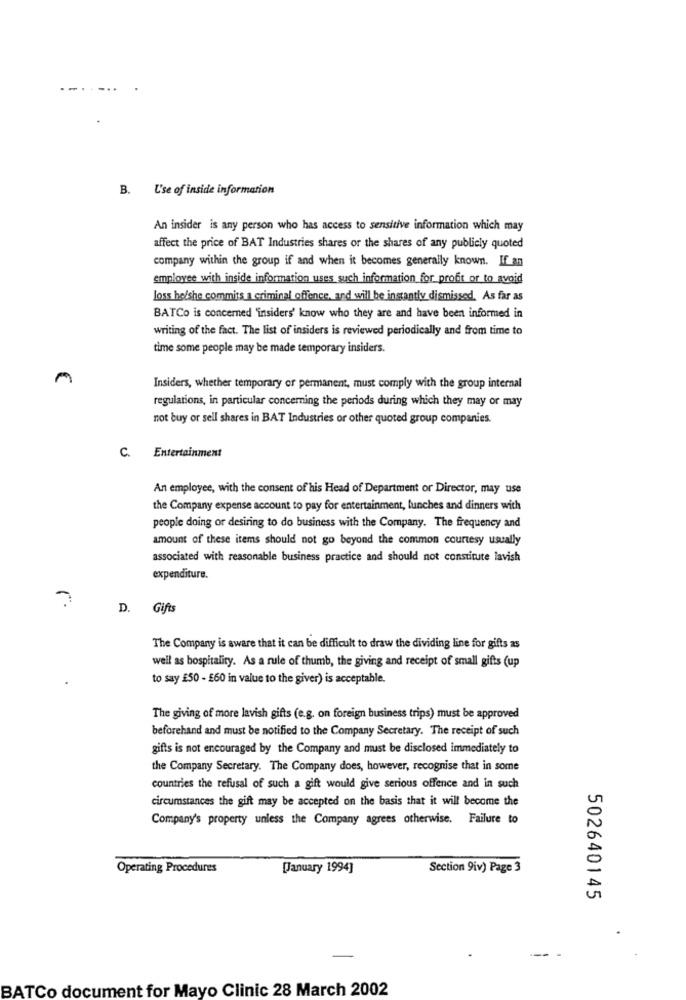
--.
B. L'se of inside information
An insider is any person who has access to sensitive information which may
affect the price of BAT Industries shares or the shares of any publicly quoted
company within the group if and when it becomes generally known. If an
employee with inside information uses such information for probt or to avoid
Loss he/she commits a criminal offence, and will be instantly dismissed. As far as
BATCo is concerned "insiders' know who they are and have been informed in
writing of the fact. The list of insiders is reviewed periodically and from time to
time some people may be made temporary insiders.
Insiders, whether temporary or permanent, must comply with the group internal
regulations, in particular concerning the periods during which they may or may
not buy or sell shares in BAT Industries or other quoted group companies.
C. Entertainment
An employee, with the consent of his Head of Department or Director, may use
the Company expense account to pay for entertainment, lunches and dinners with
people doing or desiring to do business with the Company. The frequency and
amount of these items should not go beyond the common courtesy usually
associated with reasonable business practice and should not constitute lavish
expenditure.
D. Gifts
The Company is aware that it can be difficult to draw the dividing line for gifts as
well as hospitality. As a rule of thumb, the giving and receipt of small gifts (up
to say £50 - £60 in value to the giver) is acceptable.
The giving of more lavish gifts (e.g. on foreign business trips) must be approved
beforehand and must be notified to the Company Secretary. The receipt of such
gifts is not encouraged by the Company and must be disclosed immediately to
the Company Secretary. The Company does, however, recognise that in some
countries the refusal of such a gift would give serious offence and in such
circumstances the gift may be accepted on the basis that it will become the
Company's property unless the Company agrees otherwise. Failure to
Operating Procedures
[January 1994]
Section 9iv) Page 3
502640145
BATCo document for Mayo Clinic 28 March 2002